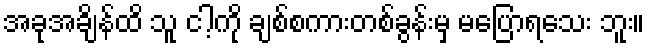
အခုအချိန်ထိ သူ ငါ့ကို ချစ်စကားတစ်ခွန်းမှ မပြောရသေး ဘူး။